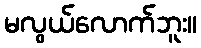
မလွယ်လောက်ဘူး။